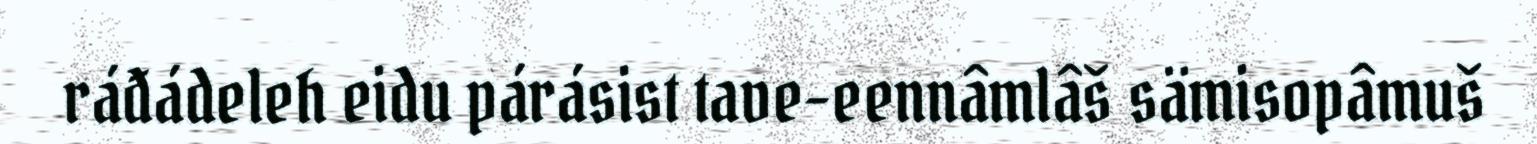
ráđádeleh eidu párásist tave-eennâmlâš sämisopâmuš